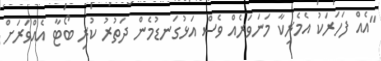
"އެއް ފަހަރަކު އެމެރިކާ މަނަވަރެއް ވެސް އަޅުގަނޑުމެން ދަތުރު ކުރި ބޯޓާ އެއްވަރަށް